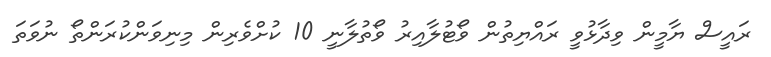
ރައީސް ޔާމީން ވިދާޅުވީ ރައްޔިތުން ވޯޓުލާއިރު ވޯތުލާނީ 10 ކުށްވެރިން މިނިވަންކުރަންތޯ ނުވަތަ